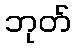
ဘုတ်